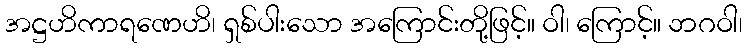
အဋ္ဌဟိကာရဏေဟိ၊ ရှစ်ပါးသော အကြောင်းတို့ဖြင့်။ ဝါ၊ ကြောင့်။ ဘဂဝါ၊